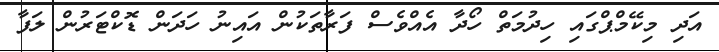
އަދި މިކޭމްޕްގައި ހިދުމަތް ހޯދާ އެއްވެސް ފަރާތަކުން އައިނު ހަދަން ޑޮކްޓަރުން ލަފާ